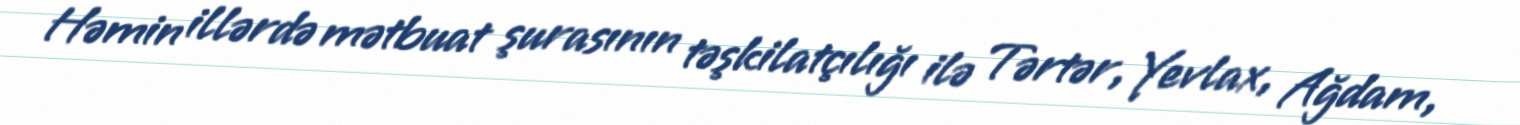
Həmin illərdə mətbuat şurasının təşkilatçılığı ilə Tərtər, Yevlax, Ağdam,